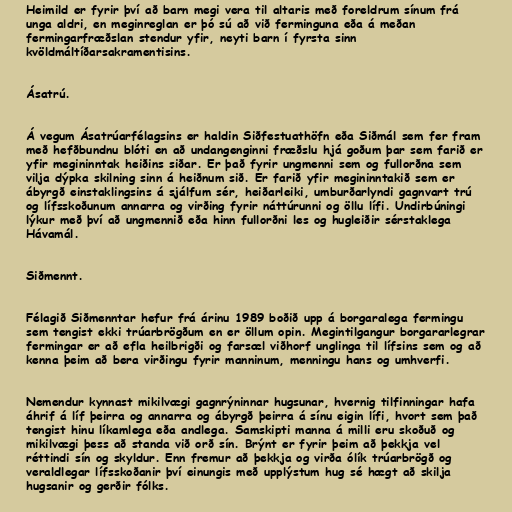
Heimild er fyrir því að barn megi vera til altaris með foreldrum sínum frá
unga aldri, en meginreglan er þó sú að við ferminguna eða á meðan
fermingarfræðslan stendur yfir, neyti barn í fyrsta sinn
kvöldmáltíðarsakramentisins.

Ásatrú.

Á vegum Ásatrúarfélagsins er haldin Siðfestuathöfn eða Siðmál sem fer fram
með hefðbundnu blóti en að undangenginni fræðslu hjá goðum þar sem farið er
yfir megininntak heiðins siðar. Er það fyrir ungmenni sem og fullorðna sem
vilja dýpka skilning sinn á heiðnum sið. Er farið yfir megininntakið sem er
ábyrgð einstaklingsins á sjálfum sér, heiðarleiki, umburðarlyndi gagnvart trú
og lífsskoðunum annarra og virðing fyrir náttúrunni og öllu lífi. Undirbúningi
lýkur með því að ungmennið eða hinn fullorðni les og hugleiðir sérstaklega
Hávamál.

Siðmennt.

Félagið Siðmenntar hefur frá árinu 1989 boðið upp á borgaralega fermingu
sem tengist ekki trúarbrögðum en er öllum opin. Megintilgangur borgararlegrar
fermingar er að efla heilbrigði og farsæl viðhorf unglinga til lífsins sem og að
kenna þeim að bera virðingu fyrir manninum, menningu hans og umhverfi.

Nemendur kynnast mikilvægi gagnrýninnar hugsunar, hvernig tilfinningar hafa
áhrif á líf þeirra og annarra og ábyrgð þeirra á sínu eigin lífi, hvort sem það
tengist hinu líkamlega eða andlega. Samskipti manna á milli eru skoðuð og
mikilvægi þess að standa við orð sín. Brýnt er fyrir þeim að þekkja vel
réttindi sín og skyldur. Enn fremur að þekkja og virða ólík trúarbrögð og
veraldlegar lífsskoðanir því einungis með upplýstum hug sé hægt að skilja
hugsanir og gerðir fólks.